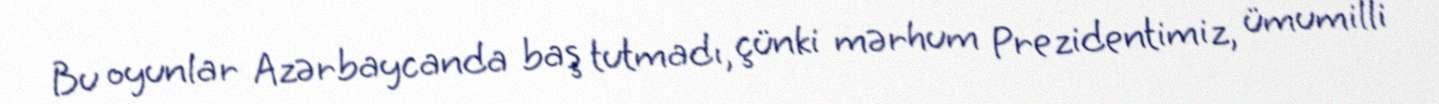
Bu oyunlar Azərbaycanda baş tutmadı, çünki mərhum Prezidentimiz, ümumilli